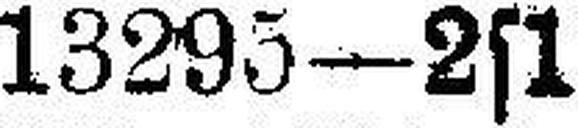
13295—2s1